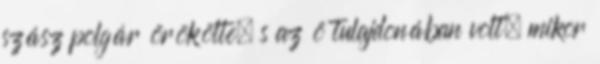
szász polgár örökölte, s az ö tulajdonában volt, mikor